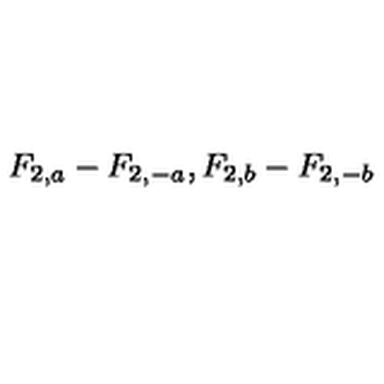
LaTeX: F _ { 2 , a } - F _ { 2 , - a } , F _ { 2 , b } - F _ { 2 , - b }